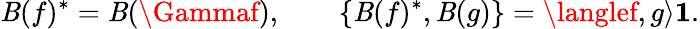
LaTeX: \mathit{B}(f)^{*}=\mathit{B}(\Gammaf),\qquad\{ \mathit{B}(f)^{*},\mathit{B}(g)\} =\langlef,g\rangle{\mathbf{1}}.